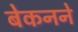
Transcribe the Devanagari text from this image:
बेकनने